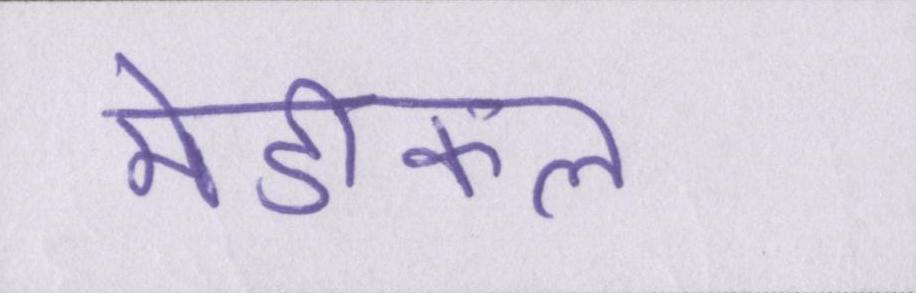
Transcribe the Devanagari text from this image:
मेडीकल